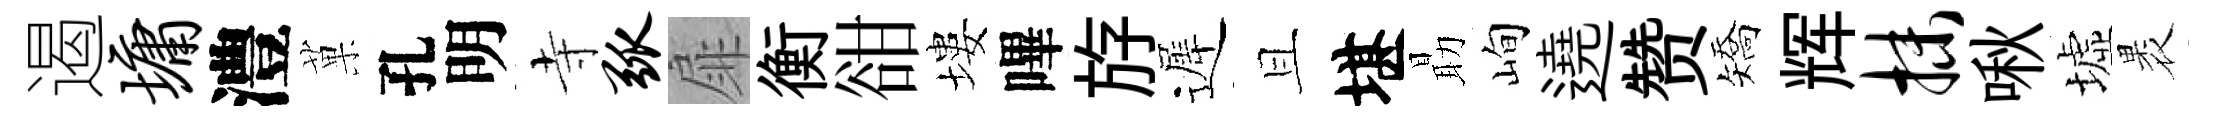
遏墉澧菓孔明寺弧扉衡𧮳塿嗶斿遲且堪朂峋遶赞矯辉抹啾墟褁